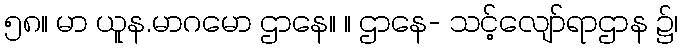
၅၈။ မာ ယူန.မာဂမော ဌာနေ။ ။ ဌာနေ- သင့်လျော်ရာဌာန ၌၊